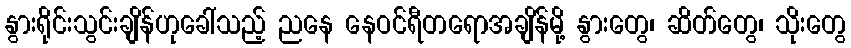
နွားရိုင်းသွင်းချိန်ဟုခေါ်သည့် ညနေ နေဝင်ရီတရောအချိန်မို့ နွားတွေ၊ ဆိတ်တွေ၊ သိုးတွေ